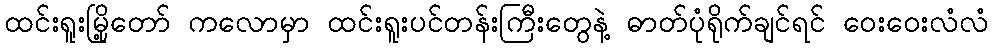
ထင်းရူးမြို့တော် ကလောမှာ ထင်းရူးပင်တန်းကြီးတွေနဲ့ ဓာတ်ပုံရိုက်ချင်ရင် ဝေးဝေးလံလံ